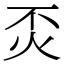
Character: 㶪